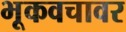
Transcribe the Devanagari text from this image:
भूकवचावर